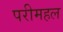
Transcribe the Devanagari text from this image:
परीमहल